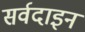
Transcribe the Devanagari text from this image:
सर्वदाइन